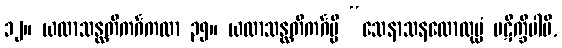
၁၂။ ယထာသန္ထတိကင်္ဂကထာ ၃၅။ ယထာသန္ထတိကင်္ဂမ္ပိ “သေနာသနလောလုပ္ပံ ပဋိက္ခိပါမိ,